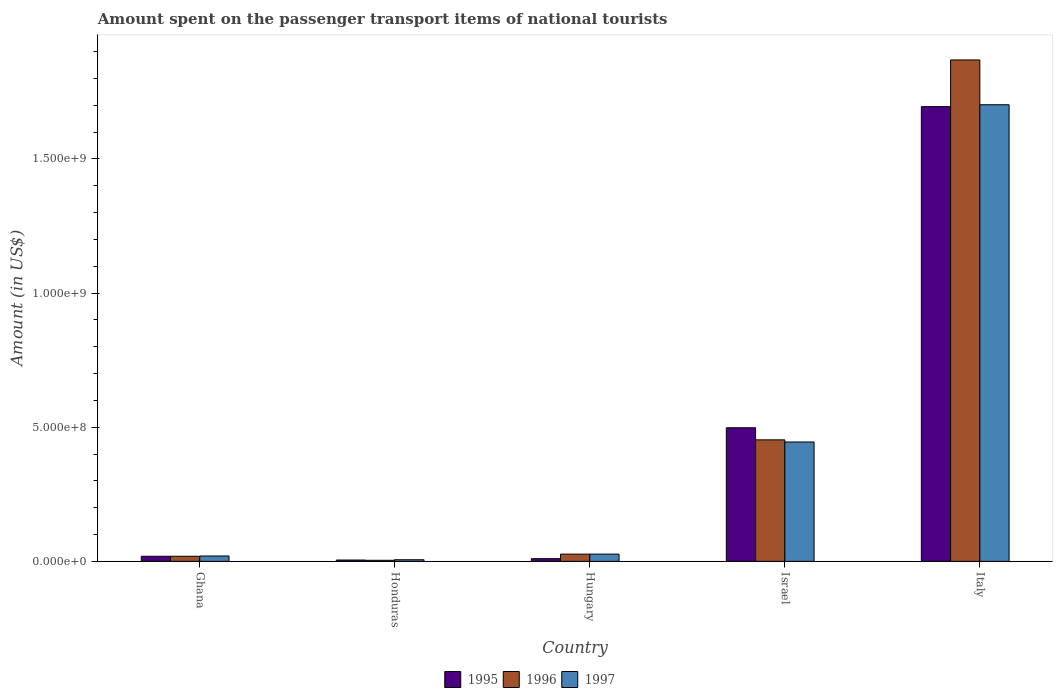
| Country | 1995 | 1996 | 1997 |
 | --- | --- | --- | --- |
 | Ghana | 1.9e+07 | 1.9e+07 | 2e+07 |
 | Honduras | 5e+06 | 4e+06 | 6e+06 |
 | Hungary | 1e+07 | 2.7e+07 | 2.7e+07 |
 | Israel | 4.98e+08 | 4.53e+08 | 4.45e+08 |
 | Italy | 1.7e+09 | 1.87e+09 | 1.7e+09 |